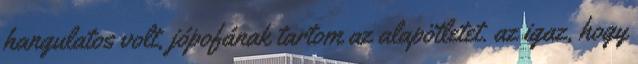
hangulatos volt, jópofának tartom az alapötletet. az igaz, hogy